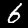
Label: 6